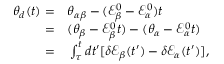
\begin{array} { r l } { \theta _ { d } ( t ) = } & { { } \theta _ { \alpha \beta } - ( \mathcal { E } _ { \beta } ^ { 0 } - \mathcal { E } _ { \alpha } ^ { 0 } ) t } \\ { = } & { { } ( \theta _ { \beta } - \mathcal { E } _ { \beta } ^ { 0 } t ) - ( \theta _ { \alpha } - \mathcal { E } _ { \alpha } ^ { 0 } t ) } \\ { = } & { { } \int _ { \tau } ^ { t } d t ^ { \prime } [ \delta \mathcal { E } _ { \beta } ( t ^ { \prime } ) - \delta \mathcal { E } _ { \alpha } ( t ^ { \prime } ) ] , } \end{array}